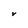
Character: V